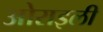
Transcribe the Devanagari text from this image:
ओराइली